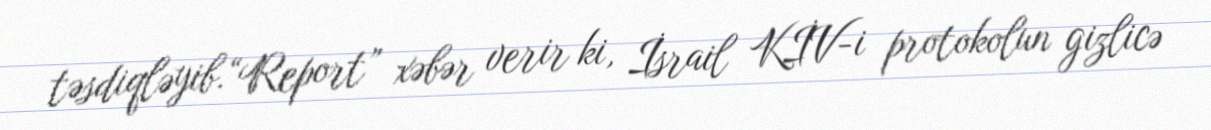
təsdiqləyib.“Report” xəbər verir ki, İsrail KİV-i protokolun gizlicə